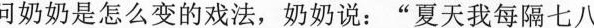
问奶奶是怎么变的戏法，奶奶说:“夏天我每隔七八